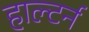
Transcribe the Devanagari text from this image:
हाल्टर्न